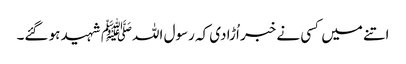
اتنے میں کسی نے خبر اُڑادی کہ رسول اللہﷺ شہید ہو گئے۔